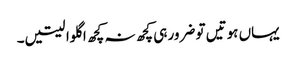
یہاں ہوتیں تو ضرور ہی کچھ نہ کچھ اگلوا لیتیں۔